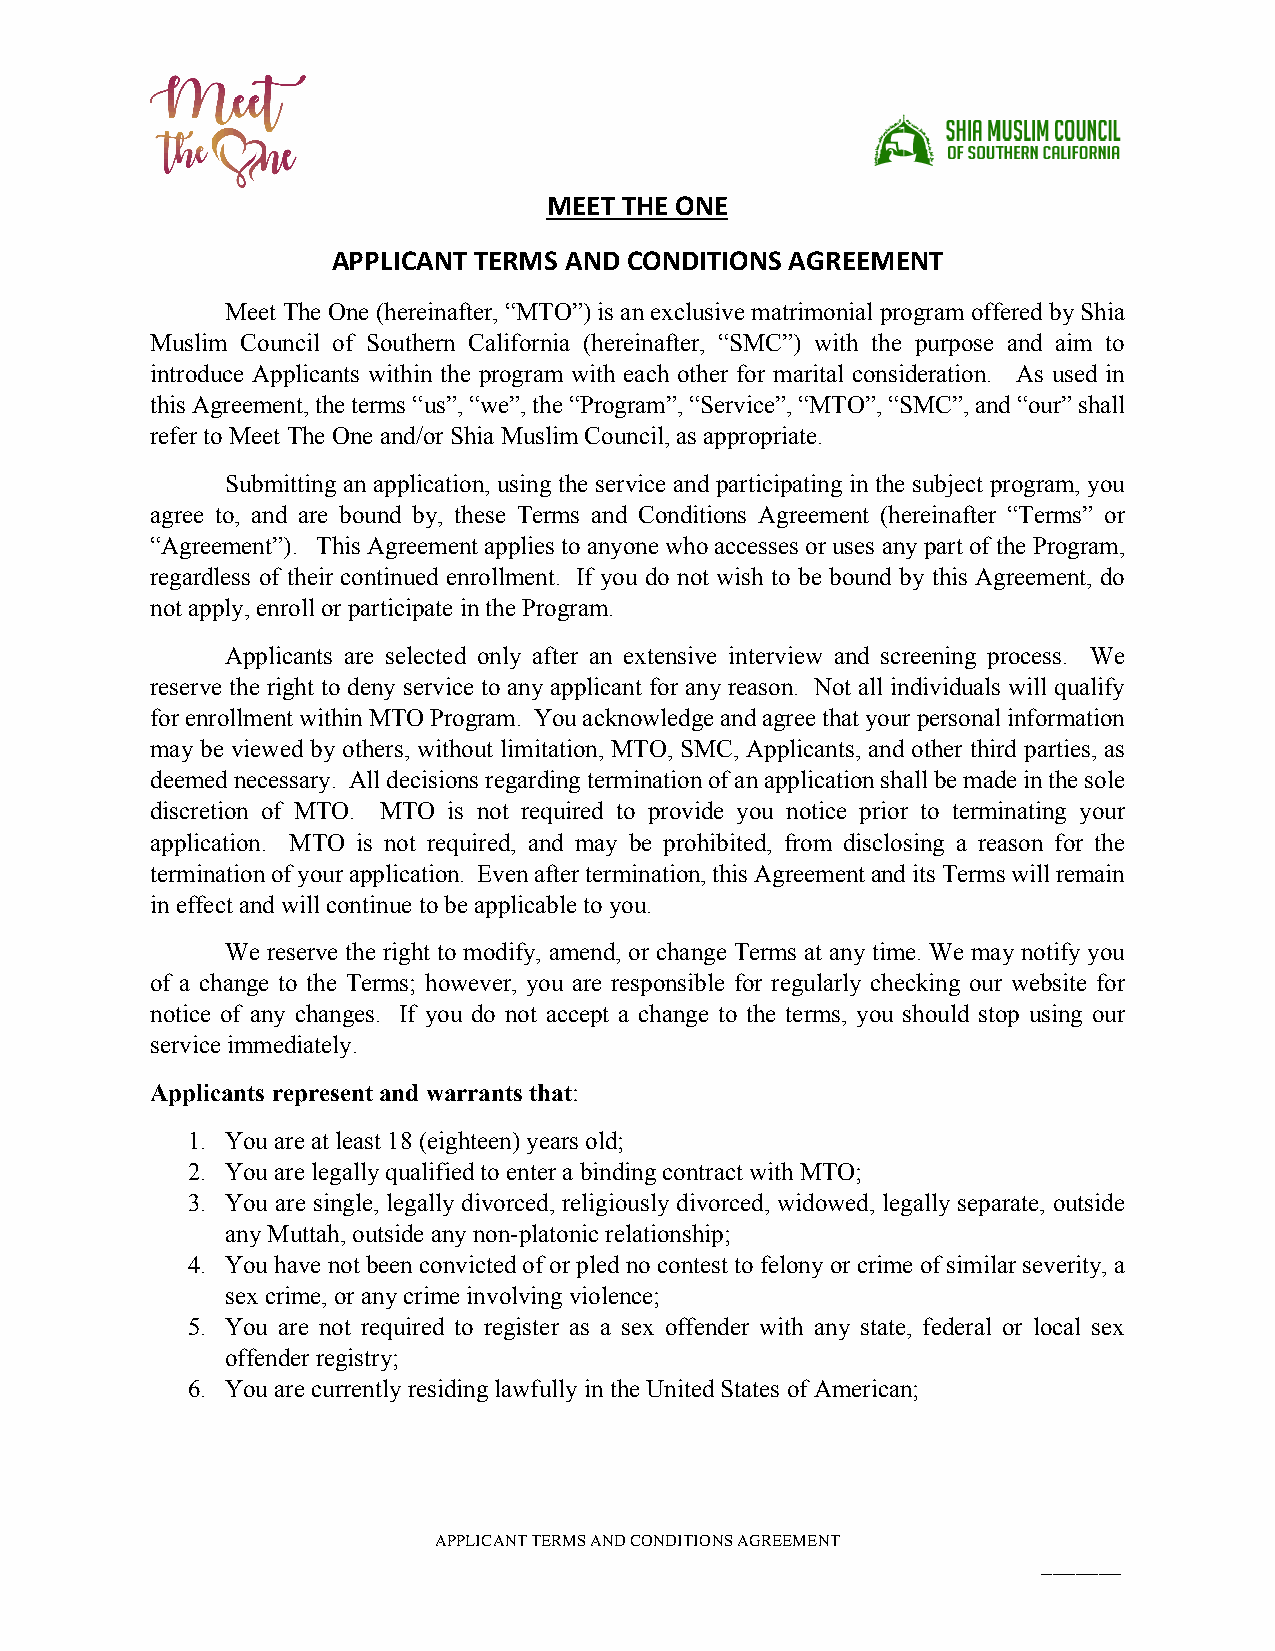
MEET THE ONE
 APPLICANT TERMS AND CONDITIONS AGREEMENT
 Meet The One (hereinafter, “MTO”) is an exclusive matrimonial program offered by Shia
 Muslim Council of Southern California (hereinafter, “SMC”) with the purpose and aim to
 introduce Applicants within the program with each other for marital consideration. As used in
 this Agreement, the terms “us”, “we”, the “Program”, “Service”, “MTO”, “SMC”, and “our” shall
 refer to Meet The One and/or Shia Muslim Council, as appropriate.
 Submitting an application, using the service and participating in the subject program, you
 agree to, and are bound by, these Terms and Conditions Agreement (hereinafter “Terms” or
 “Agreement”). This Agreement applies to anyone who accesses or uses any part of the Program,
 regardless of their continued enrollment. If you do not wish to be bound by this Agreement, do
 not apply, enroll or participate in the Program.
 Applicants are selected only after an extensive interview and screening process. We
 reserve the right to deny service to any applicant for any reason. Not all individuals will qualify
 for enrollment within MTO Program. You acknowledge and agree that your personal information
 may be viewed by others, without limitation, MTO, SMC, Applicants, and other third parties, as
 deemed necessary. All decisions regarding termination of an application shall be made in the sole
 discretion of MTO. MTO is not required to provide you notice prior to terminating your
 application. MTO is not required, and may be prohibited, from disclosing a reason for the
 termination of your application. Even after termination, this Agreement and its Terms will remain
 in effect and will continue to be applicable to you.
 We reserve the right to modify, amend, or change Terms at any time. We may notify you
 of a change to the Terms; however, you are responsible for regularly checking our website for
 notice of any changes. If you do not accept a change to the terms, you should stop using our
 service immediately.
 Applicants represent and warrants that:
 1. You are at least 18 (eighteen) years old;
 2. You are legally qualified to enter a binding contract with MTO;
 3. You are single, legally divorced, religiously divorced, widowed, legally separate, outside
 any Muttah, outside any non-platonic relationship;
 4. You have not been convicted of or pled no contest to felony or crime of similar severity, a
 sex crime, or any crime involving violence;
 5. You are not required to register as a sex offender with any state, federal or local sex
 offender registry;
 6. You are currently residing lawfully in the United States of American;
 APPLICANT TERMS AND CONDITIONS AGREEMENT
 _______